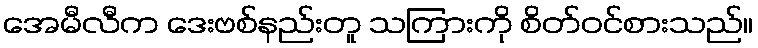
အေမီလီက ဒေးဗစ်နည်းတူ သကြားကို စိတ်ဝင်စားသည်။